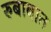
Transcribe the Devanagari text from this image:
रुबाबात